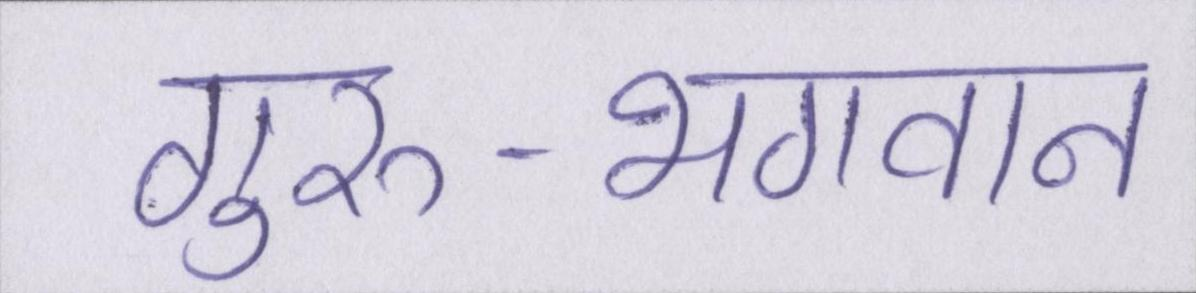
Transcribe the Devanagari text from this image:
गुरु-भगवान